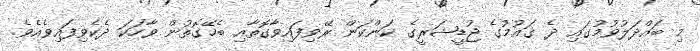
މި ބައްދަލުވުމުގައި ދެ ޤައުމުގެ ޖުޑީޝަރީގެ ކަންކަން ރޭވިފައިވާގޮތާއި ބެހޭގޮތުން ވާހަކަ ދެކެވިފައިވެއެވެ.